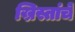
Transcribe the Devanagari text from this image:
ख्रिस्तांचे